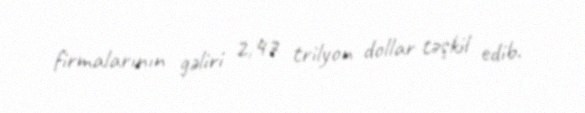
firmalarının gəliri 2,47 trilyon dollar təşkil edib.